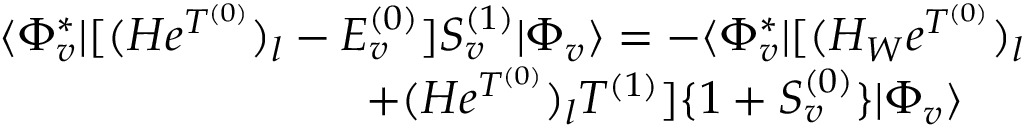
\begin{array} { r l r } { \langle \Phi _ { v } ^ { * } | [ ( H e ^ { T ^ { ( 0 ) } } ) _ { l } - E _ { v } ^ { ( 0 ) } ] S _ { v } ^ { ( 1 ) } | \Phi _ { v } \rangle = - \langle \Phi _ { v } ^ { * } | [ ( H _ { W } e ^ { T ^ { ( 0 ) } } ) _ { l } } & { } & \\ { + ( H e ^ { T ^ { ( 0 ) } } ) _ { l } T ^ { ( 1 ) } ] \{ 1 + S _ { v } ^ { ( 0 ) } \} | \Phi _ { v } \rangle \ \ \ \ } \end{array}